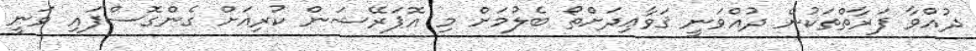
ދުއްވާ ފަރާތްތަކުން ދުއްވަނީ ޤަވާޢިދަށްތޯ ބެލުމަށް މި އޮޕަރޭޝަން ކުރިއަށް ގެންގޮސްފައި ވަނީ